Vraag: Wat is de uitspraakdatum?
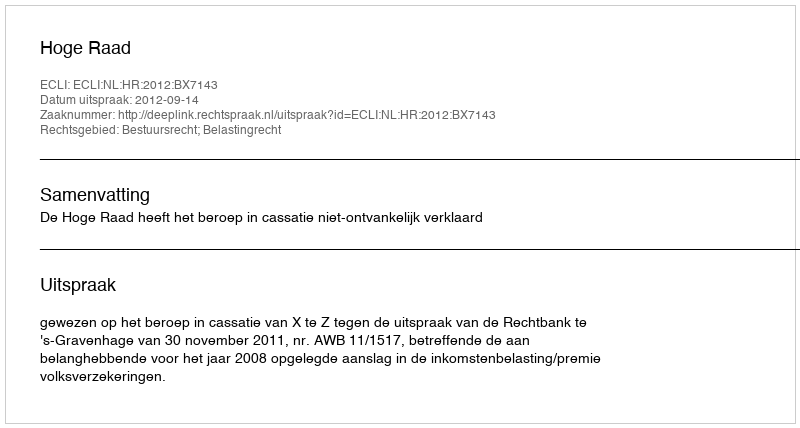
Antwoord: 2012-09-14